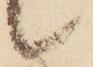
候